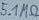
Text: 5.1MΩ